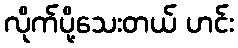
လိုက်ပို့သေးတယ် ဟင်း